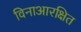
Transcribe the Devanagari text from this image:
विनाआरक्षित